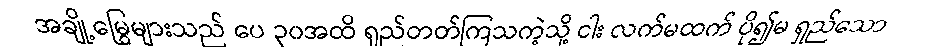
အချို့မြွေများသည် ပေ ၃၀အထိ ရှည်တတ်ကြသကဲ့သို့ ငါး လက်မထက် ပို၍မ ရှည်သော